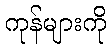
ကုန်များကို